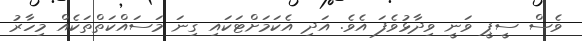
ވެސް ސީޕީ ވަނީ ވިދާޅުވެފަ އެވެ. އަދި އެކަމަށްޓަކައި ގިނަ މަސައްކަތްތަކެއް މިހާރު